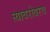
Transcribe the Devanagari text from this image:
त्‍याबरोबरच